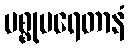
မစ္စုပရေတာနံ